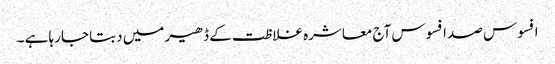
افسوس صد افسوس آج معاشرہ غلاظت کے ڈھیر میں دبتا جارہا ہے ۔